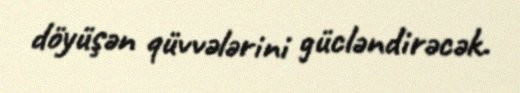
döyüşən qüvvələrini gücləndirəcək.